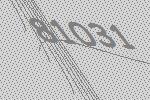
81031